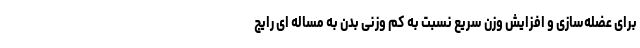
برای عضله‌سازی و افزایش وزن سریع نسبت به کم وزنی بدن به مساله ای رایج